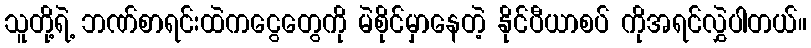
သူတို့ရဲ့ ဘဏ်စာရင်းထဲကငွေတွေကို မဲစိုင်မှာနေတဲ့ နိုင်ပီယာစပ် ကိုအရင်လွှဲပါတယ်။